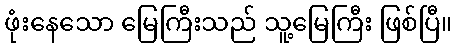
ဖုံးနေသော မြေကြီးသည် သူ့မြေကြီး ဖြစ်ပြီ။